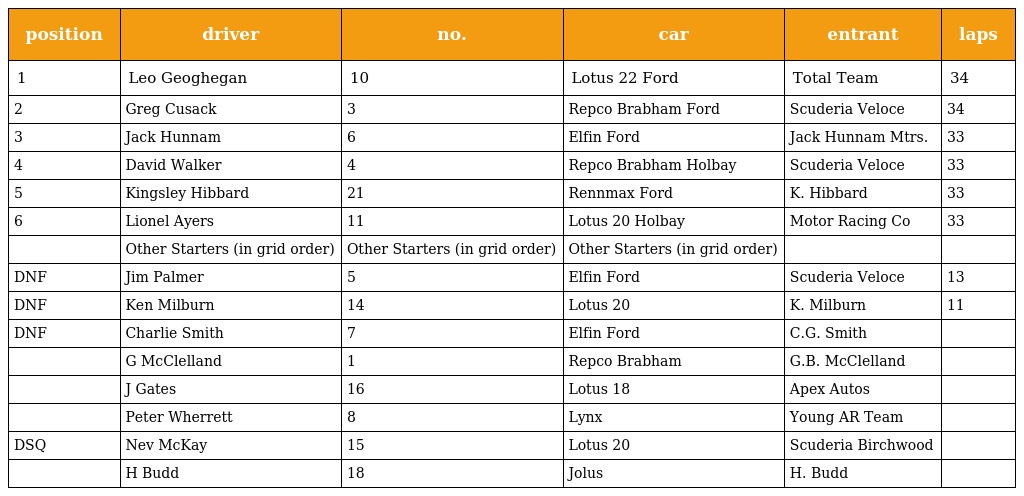
| position | driver | no. | car | entrant | laps |
 | --- | --- | --- | --- | --- | --- |
 | 1 | Leo Geoghegan | 10 | Lotus 22 Ford | Total Team | 34 |
 | 2 | Greg Cusack | 3 | Repco Brabham Ford | Scuderia Veloce | 34 |
 | 3 | Jack Hunnam | 6 | Elfin Ford | Jack Hunnam Mtrs. | 33 |
 | 4 | David Walker | 4 | Repco Brabham Holbay | Scuderia Veloce | 33 |
 | 5 | Kingsley Hibbard | 21 | Rennmax Ford | K. Hibbard | 33 |
 | 6 | Lionel Ayers | 11 | Lotus 20 Holbay | Motor Racing Co | 33 |
 |  | Other Starters (in grid order) | Other Starters (in grid order) | Other Starters (in grid order) |  |  |
 | DNF | Jim Palmer | 5 | Elfin Ford | Scuderia Veloce | 13 |
 | DNF | Ken Milburn | 14 | Lotus 20 | K. Milburn | 11 |
 | DNF | Charlie Smith | 7 | Elfin Ford | C.G. Smith |  |
 |  | G McClelland | 1 | Repco Brabham | G.B. McClelland |  |
 |  | J Gates | 16 | Lotus 18 | Apex Autos |  |
 |  | Peter Wherrett | 8 | Lynx | Young AR Team |  |
 | DSQ | Nev McKay | 15 | Lotus 20 | Scuderia Birchwood |  |
 |  | H Budd | 18 | Jolus | H. Budd |  |